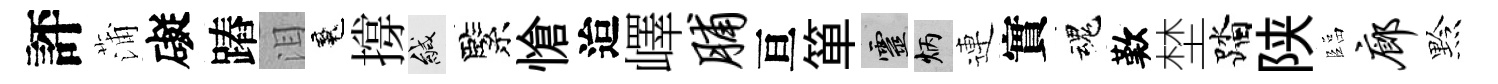
評蒲礙蹖泪魂撐緘緊愴迨嶧脯亘箪靈炳連實魂歎埜踏陕臨廊黔